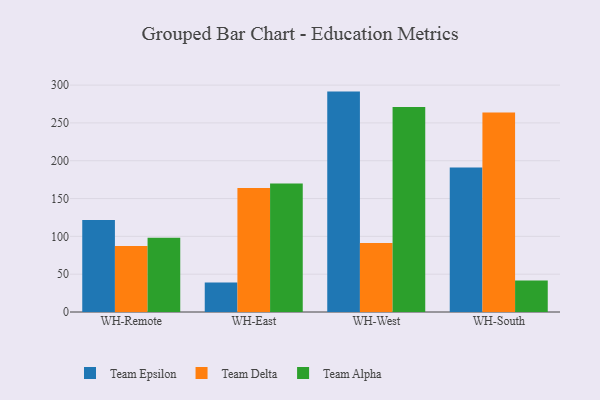
{"axis": {"x": "Warehouse", "y": "Humidity (%)"}, "legend": ["Team Alpha", "Team Delta", "Team Epsilon"], "data": [{"x": "WH-Remote", "y": 121.5, "type": "Team Epsilon"}, {"x": "WH-Remote", "y": 87.3, "type": "Team Delta"}, {"x": "WH-Remote", "y": 98.2, "type": "Team Alpha"}, {"x": "WH-East", "y": 38.9, "type": "Team Epsilon"}, {"x": "WH-East", "y": 164.0, "type": "Team Delta"}, {"x": "WH-East", "y": 170.0, "type": "Team Alpha"}, {"x": "WH-West", "y": 291.4, "type": "Team Epsilon"}, {"x": "WH-West", "y": 91.2, "type": "Team Delta"}, {"x": "WH-West", "y": 271.2, "type": "Team Alpha"}, {"x": "WH-South", "y": 190.9, "type": "Team Epsilon"}, {"x": "WH-South", "y": 263.7, "type": "Team Delta"}, {"x": "WH-South", "y": 41.6, "type": "Team Alpha"}]}